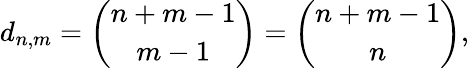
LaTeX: d_{n,m}={\binom{n+m-1}{m-1}}={\binom{n+m-1}{n}},